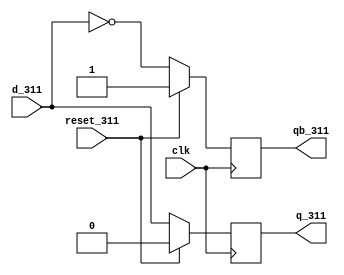
`timescale 1ns / 1ps
//////////////////////////////////////////////////////////////////////////////////
// Company: 
// Engineer: 
// 
// Design Name: 
// Module Name:    dff_311 
// Project Name: 
// Target Devices: 
// Tool versions: 
// Description: 
//
// Dependencies: 
//
// Revision: 
// Revision 0.01 - File Created
// Additional Comments: 
//
//////////////////////////////////////////////////////////////////////////////////
module dff_311(
    input d_311,
    input clk,
    input reset_311,
    output reg q_311,
    output reg qb_311
    );	
	always@(posedge clk)
		begin
				 if(reset_311==1)
				begin
					q_311 <=0;
					qb_311 <=1;
				end
				else 
				begin
					q_311<=d_311;
					qb_311<=~d_311;
				end
		end
endmodule